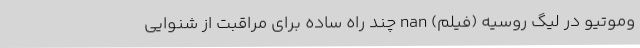
وموتیو در لیگ روسیه (فیلم) nan چند راه ساده برای مراقبت از شنوایی